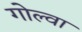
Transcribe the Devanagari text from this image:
गोल्वा